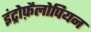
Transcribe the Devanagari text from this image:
इंट्रोफ़ैलोपियन